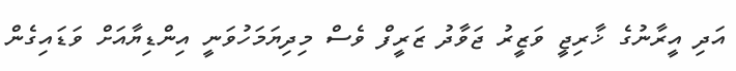
އަދި އީރާނުގެ ޚާރިޖީ ވަޒީރު ޖަވާދު ޒަރީފް ވެސް މިދިޔަމަހުވަނީ އިންޑިޔާއަށް ވަޑައިގެން